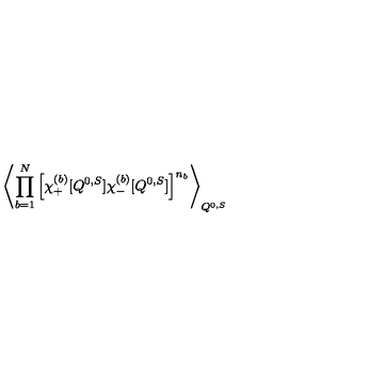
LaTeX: \left\langle \prod _ { b = 1 } ^ { N } \left[ \chi _ { + } ^ { ( b ) } [ Q ^ { 0 , S } ] \chi _ { - } ^ { ( b ) } [ Q ^ { 0 , S } ] \right] ^ { n _ { b } } \right\rangle _ { Q ^ { 0 , S } }